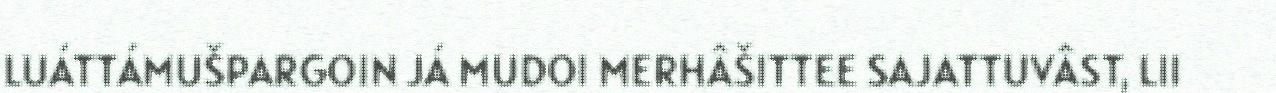
LUÁTTÁMUŠPARGOIN JÁ MUDOI MERHÂŠITTEE SAJATTUVÂST, LII